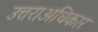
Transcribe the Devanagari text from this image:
उत्तराअधिकार